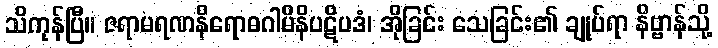
သိကုန်ပြီ။ ဇရာမရဏနိရောဓဂါမိနိပဋိပဒံ၊ အိုခြင်း သေခြင်း၏ ချုပ်ရာ နိဗ္ဗာန်သို့